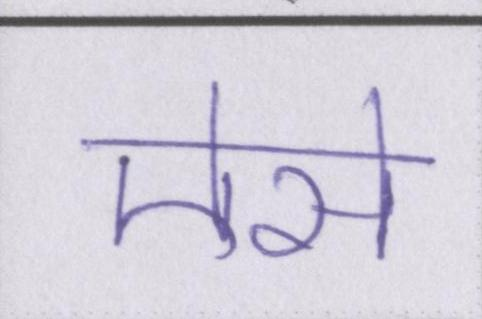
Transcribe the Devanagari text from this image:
ऐसे